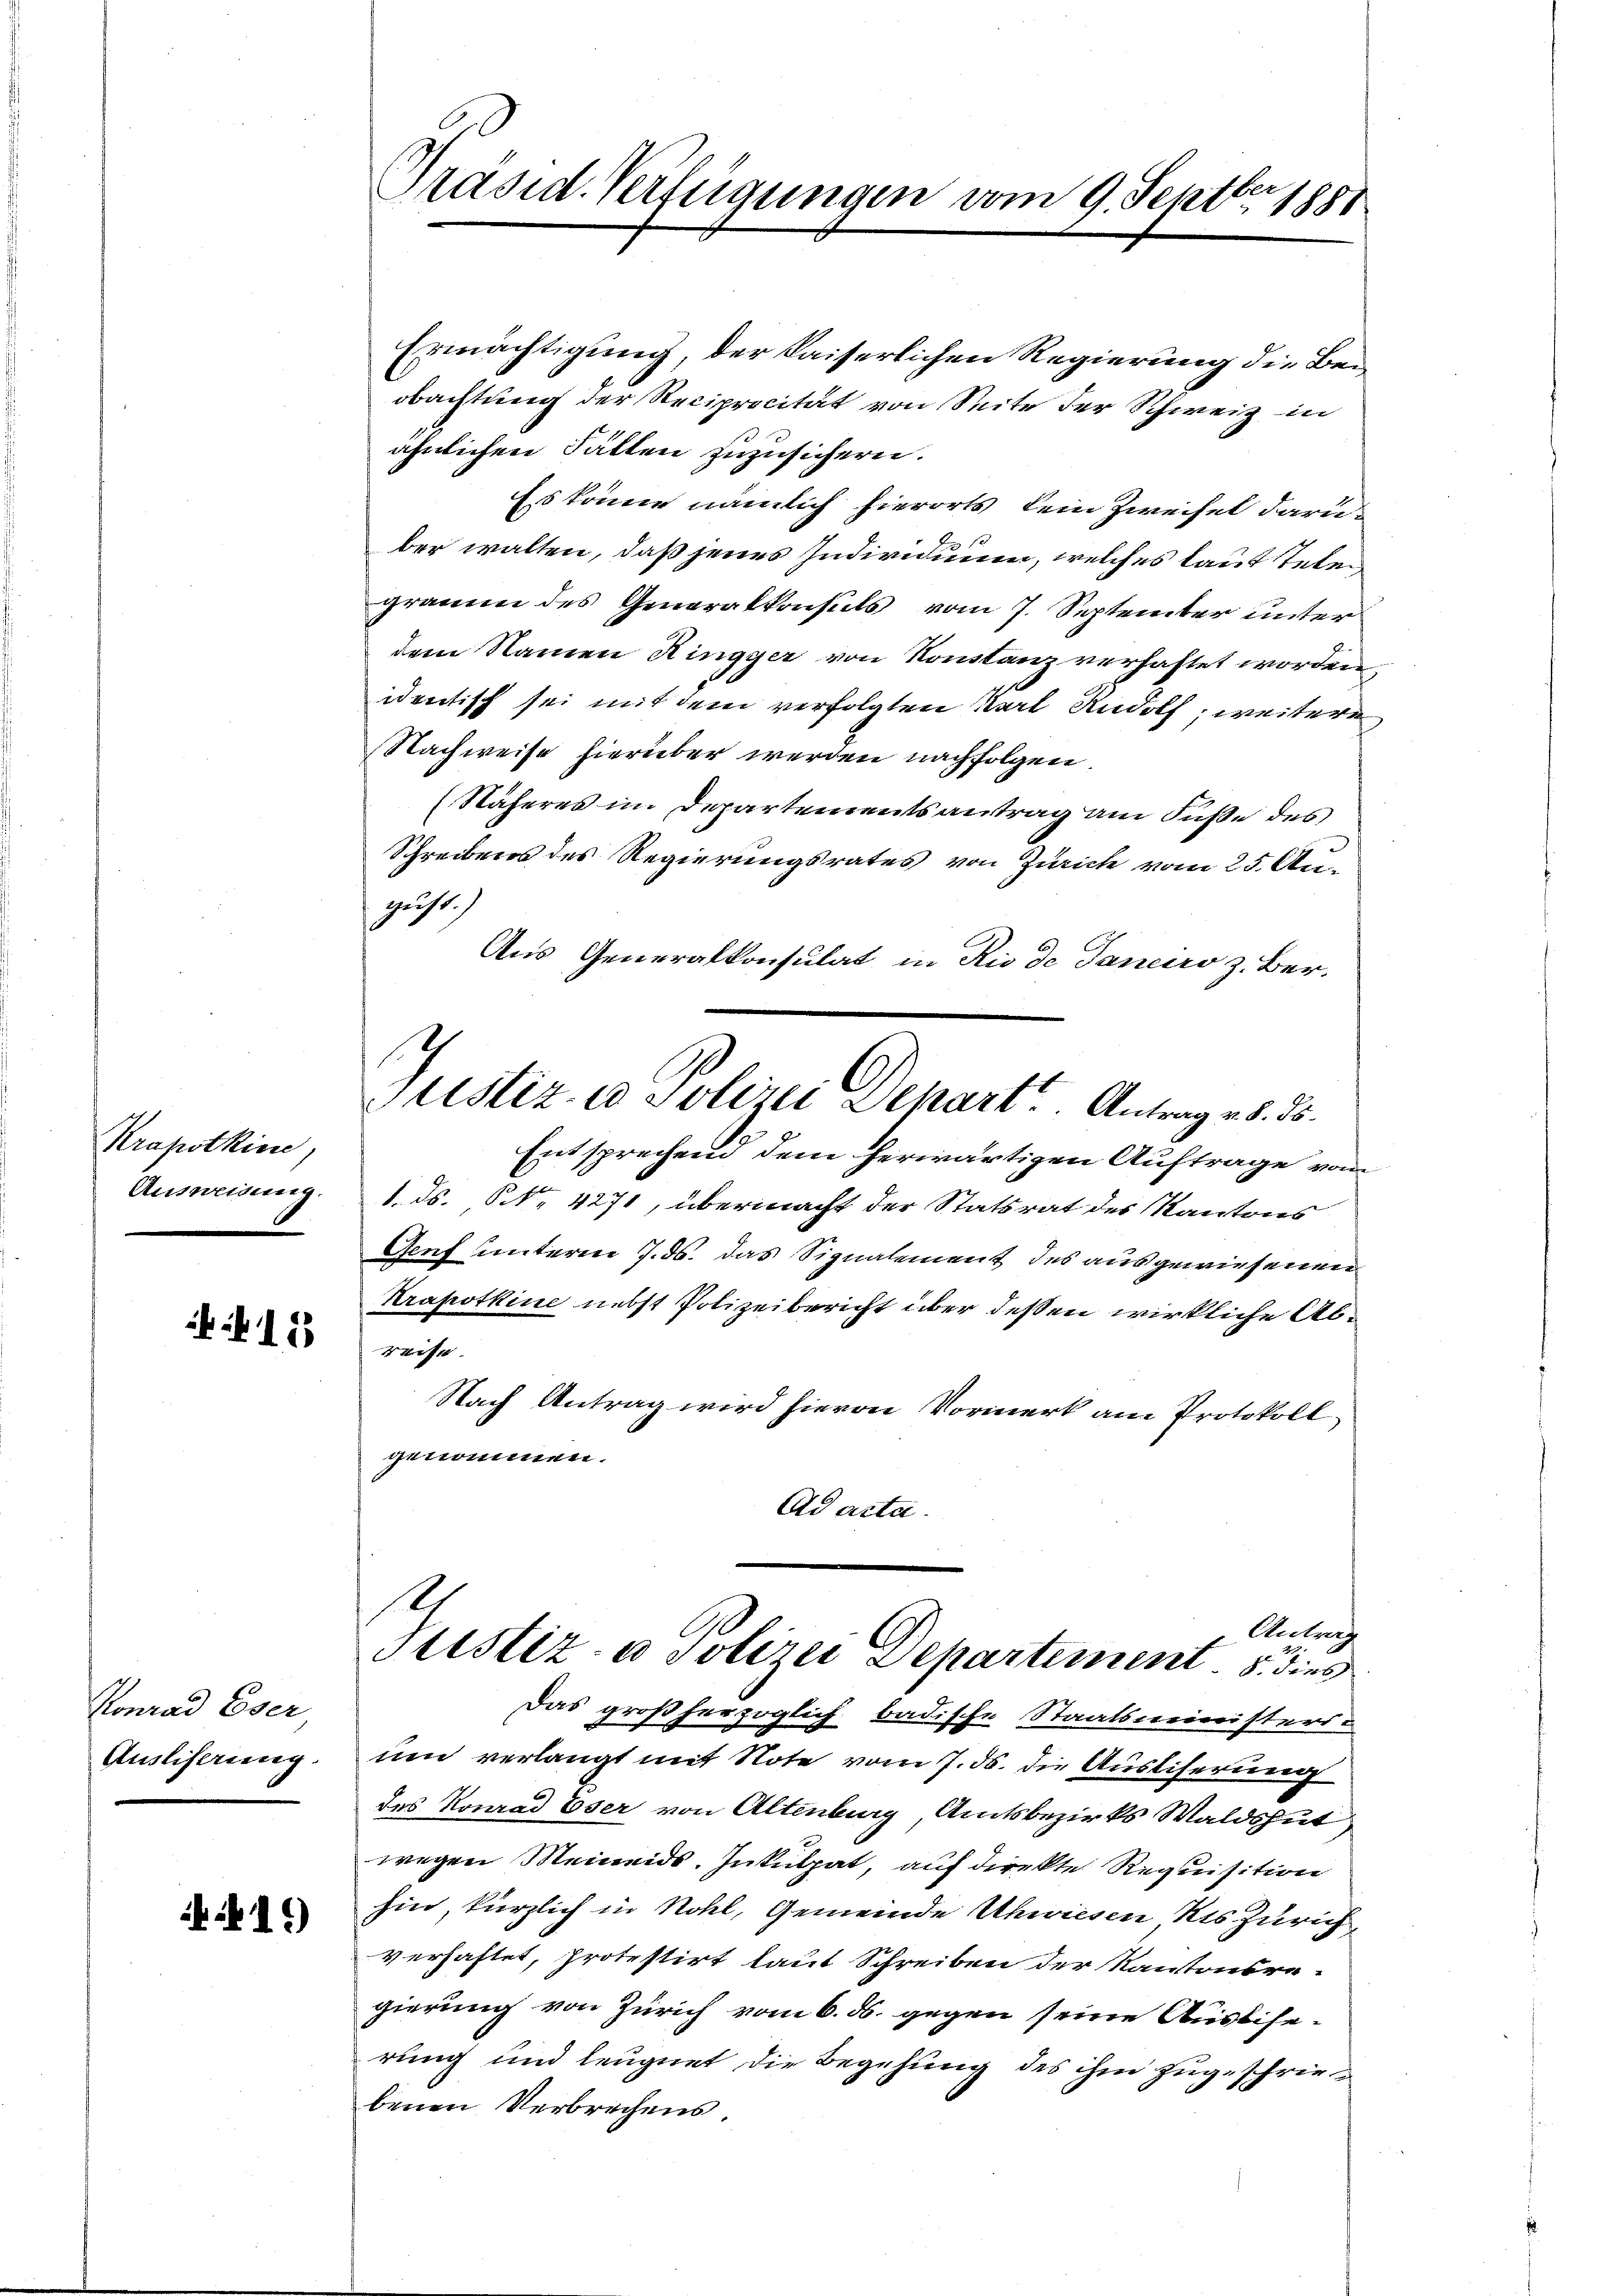
Krapotkine,
Ausweisung.

i 153

Konrad Eser
Ausliserung.

16)

Präsid. Verfügungen vom 9. Septbr 1881

Ermächtigung, der kaiserlichen Regierung die Beobachtung der Reciprocität von Seite der Schweiz in
ähnlichen Fällen zuzusichern.
Es könne nämlich hierorts kein Zweifel darü¬

ber walten, daß jenes Individuum, welches laut telen
gramm des Generalkonsuls vom 7. September unter
dem Namen Ringger von Konstanz verhaftet worden
identisch sei mit dem verfolgten Karl Rudolf, weitere
Nachweise hierüber werden nachfolgen.
(Näheres in Departementsantrag am Fuße des
Schreibens des Regierungsrates von Zürich vom 25. Au-
gust.)
Aus Generalkonsulat in Rio de Janeiro z. Ber
Entsprechend dem herwärtigen Auftrage vom
1. ds., N. 4271, übermacht der Statsrat des Kantons
Genf unterm 7. ds. das Signalement des ausgewiesenen
Krapotkine nebst Polizeibericht über deßen wirkliche Ab¬
Reise
Nach Antrag wird hievon Vormerk am Protokoll
genommen.
Ad acta.
2
Antrag
Justiz- u Polizei Departement. 8 dies
Das großherzoglich badische Staatsministers-
un verlangt mit Note vom 7. ds. die Ausliserung
des Konrad Eser von Altenburg Amtsbezirks Waldshut
wegen Meineids Inkulpat, auf direkte Requisition
hin, kürzlich in Nohl, Gemeinde Uhwiesen Kts Zürich
verhaftet, protestirt laut Schreiben der Kantonsre-
gierung von Zürich vom 6. ds. gegen seine Aussise-
rung und leugnet die Begehung des ihm zugeschriebenen Verbrechens.

1

Justiz- & Polizei Separt. Antrag v. 8. ds.